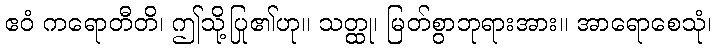
ဧဝံ ကရောတီတိ၊ ဤသို့ပြု၏ဟု။ သတ္ထု၊ မြတ်စွာဘုရားအား။ အာရောစေသုံ၊